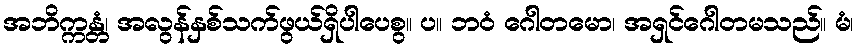
အဘိက္ကန္တံ၊ အလွန်နှစ်သက်ဖွယ်ရှိပါပေစွ။ ပ။ ဘဝံ ဂေါတမော၊ အရှင်ဂေါတမသည်။ မံ၊